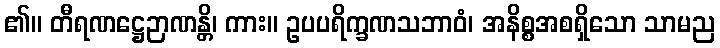
၏။ တီရဏဋ္ဌေဉာဏန္တိ၊ ကား။ ဥပပရိက္ခဏသဘာဝံ၊ အနိစ္စအစရှိသော သာမည